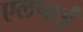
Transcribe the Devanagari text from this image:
एलपाईं